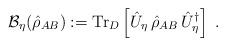
LaTeX: \begin{align*}\mathcal{B}_\eta(\hat{\rho}_{AB}) := \mathrm{Tr}_D\left[\hat{U}_\eta\,\hat{\rho}_{AB}\,\hat{U}_\eta^\dag\right]\;.\end{align*}